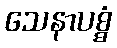
သေနာပစ္စံ